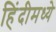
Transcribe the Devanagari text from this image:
हिंंदीमध्ये